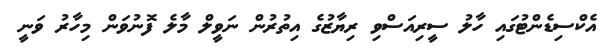
އެކްސިޑެންޓުގައި ހާލު ސީރިއަސްވި ރިޔާޒުގެ އިތުރުން ނަވީލް މާލެ ފޮނުވަން މިހާރު ވަނީ